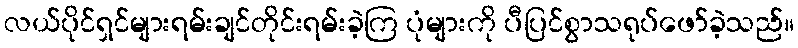
လယ်ပိုင်ရှင်များရမ်းချင်တိုင်းရမ်းခဲ့ကြ ပုံများကို ပီပြင်စွာသရုပ်ဖော်ခဲ့သည်။